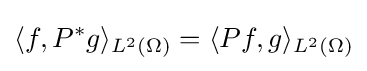
\langle f,P^{*}g\rangle _{L^{2}(\Omega )}=\langle Pf,g\rangle _{L^{2}(\Omega )}